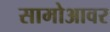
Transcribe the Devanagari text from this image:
सामोआवर